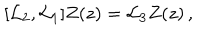
[ { \cal L } _ { 2 } , { \cal L } _ { 1 } ] Z ( z ) = { \cal L } _ { 3 } Z ( z ) \, ,